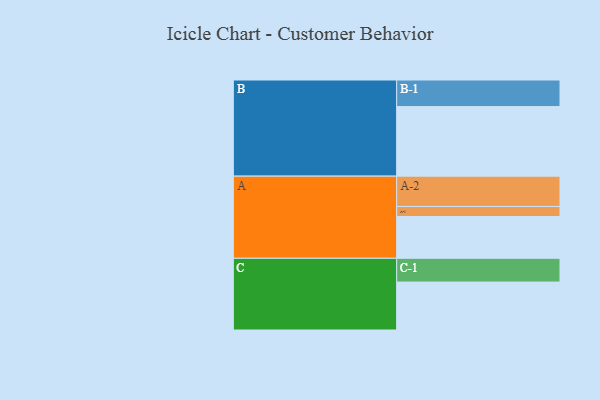
{"axis": {"x": "Segment", "y": "Value"}, "legend": ["", "A", "B", "C"], "data": [{"x": "A", "y": 313, "type": ""}, {"x": "B", "y": 521, "type": ""}, {"x": "C", "y": 359, "type": ""}, {"x": "A-1", "y": 75, "type": "A"}, {"x": "A-2", "y": 227, "type": "A"}, {"x": "B-1", "y": 199, "type": "B"}, {"x": "C-1", "y": 178, "type": "C"}]}